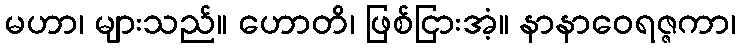
မဟာ၊ များသည်။ ဟောတိ၊ ဖြစ်ငြားအံ့။ နာနာဝေရဇ္ဇကာ၊